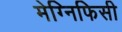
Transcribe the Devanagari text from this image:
मेग्निफिसी